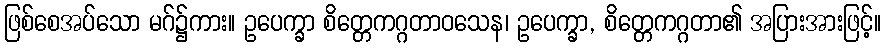
ဖြစ်စေအပ်သော မဂ်၌ကား။ ဥပေက္ခာ စိတ္တေကဂ္ဂတာဝသေန၊ ဥပေက္ခာ, စိတ္တေကဂ္ဂတာ၏ အပြားအားဖြင့်။